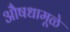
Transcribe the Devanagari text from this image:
औषधामूळे